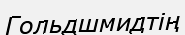
Гольдшмидтің